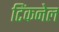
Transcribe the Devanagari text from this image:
टिंकनेल